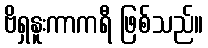
ဗိရှနူးကာကရီ ဖြစ်သည်။